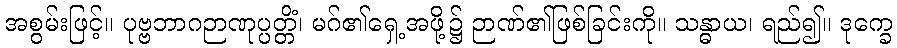
အစွမ်းဖြင့်။ ပုဗ္ဗဘာဂဉာဏုပ္ပတ္တိံ၊ မဂ်၏ရှေ့အဖို့၌ ဉာဏ်၏ဖြစ်ခြင်းကို။ သန္ဓာယ၊ ရည်၍။ ဒုက္ခေ